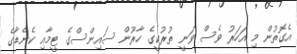
އެގޮތުން މި އަހަރު ވެސް ވަނީ ތުރުކީގެ ހާރޫން ސައިންސްގެ ޓީމާއި ކެނެޑާގެ